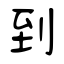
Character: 到